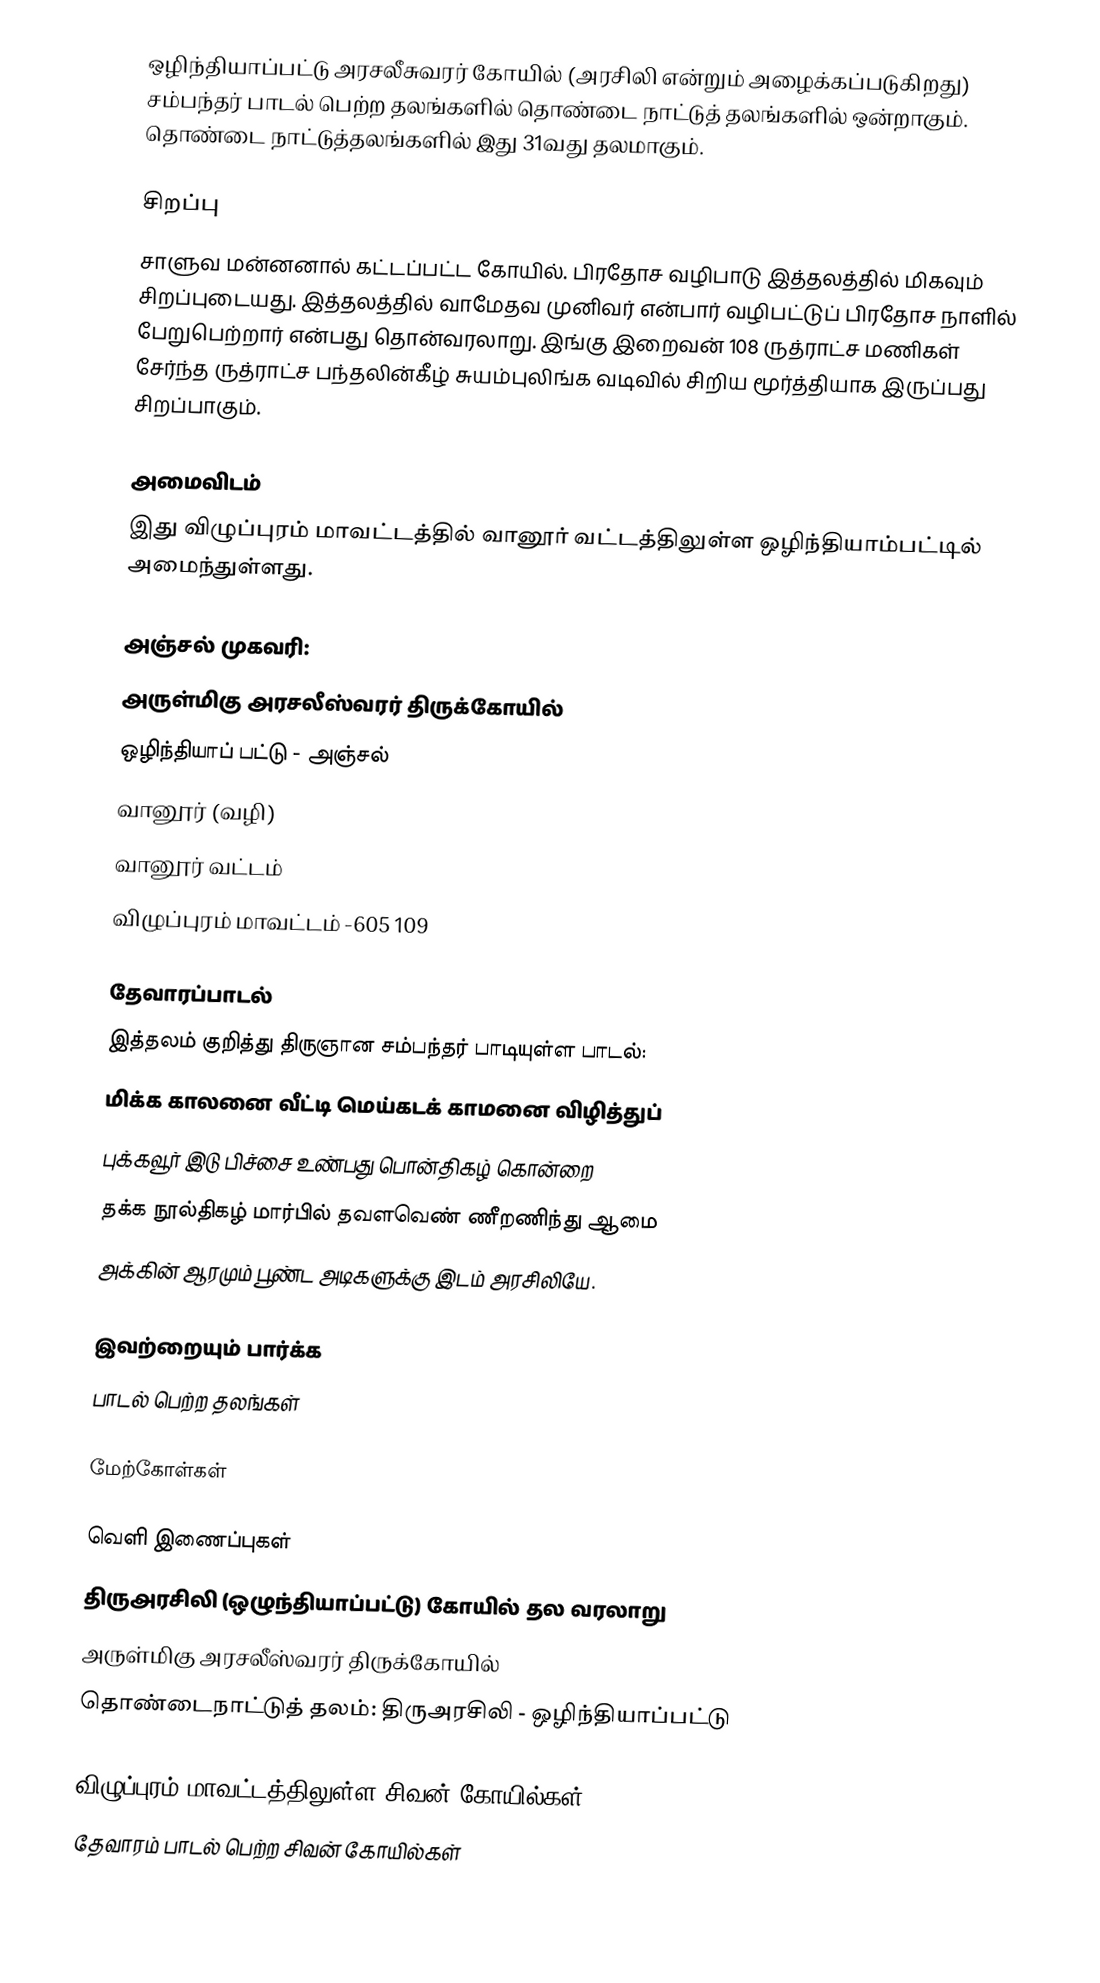
ஒழிந்தியாப்பட்டு அரசலீசுவரர் கோயில் (அரசிலி என்றும் அழைக்கப்படுகிறது) சம்பந்தர் பாடல் பெற்ற தலங்களில் தொண்டை நாட்டுத் தலங்களில் ஒன்றாகும்.  தொண்டை நாட்டுத்தலங்களில் இது 31வது தலமாகும்.

சிறப்பு
சாளுவ மன்னனால் கட்டப்பட்ட கோயில். பிரதோச வழிபாடு இத்தலத்தில் மிகவும் சிறப்புடையது. இத்தலத்தில் வாமேதவ முனிவர் என்பார் வழிபட்டுப் பிரதோச நாளில் பேறுபெற்றார் என்பது தொன்வரலாறு. இங்கு இறைவன் 108 ருத்ராட்ச மணிகள் சேர்ந்த ருத்ராட்ச பந்தலின்கீழ் சுயம்புலிங்க வடிவில் சிறிய மூர்த்தியாக இருப்பது சிறப்பாகும்.

அமைவிடம்
இது விழுப்புரம் மாவட்டத்தில்  வானூர் வட்டத்திலுள்ள  ஒழிந்தியாம்பட்டில் அமைந்துள்ளது.

அஞ்சல் முகவரி:
அருள்மிகு அரசலீஸ்வரர் திருக்கோயில்
ஒழிந்தியாப் பட்டு - அஞ்சல்
வானூர் (வழி)
வானூர் வட்டம்
விழுப்புரம் மாவட்டம் -605 109

தேவாரப்பாடல்
இத்தலம் குறித்து திருஞான சம்பந்தர் பாடியுள்ள பாடல்:
மிக்க காலனை வீட்டி மெய்கடக் காமனை விழித்துப்
புக்கவூர் இடு பிச்சை உண்பது பொன்திகழ் கொன்றை
தக்க நூல்திகழ் மார்பில் தவளவெண் ணீறணிந்து ஆமை
அக்கின் ஆரமும் பூண்ட அடிகளுக்கு இடம் அரசிலியே.

இவற்றையும் பார்க்க
 பாடல் பெற்ற தலங்கள்

மேற்கோள்கள்

வெளி இணைப்புகள்
திருஅரசிலி (ஒழுந்தியாப்பட்டு) கோயில் தல வரலாறு
அருள்மிகு அரசலீஸ்வரர் திருக்கோயில்
 தொண்டைநாட்டுத் தலம்: திருஅரசிலி - ஒழிந்தியாப்பட்டு

விழுப்புரம் மாவட்டத்திலுள்ள சிவன் கோயில்கள்
தேவாரம் பாடல் பெற்ற சிவன் கோயில்கள்